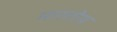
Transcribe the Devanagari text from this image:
मारतोय